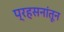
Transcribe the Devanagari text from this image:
प्रहसनांतून